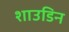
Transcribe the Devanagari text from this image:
शाउडिन